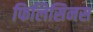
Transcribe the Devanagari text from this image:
फिलिसिनस